King Institute of Preventive Medicine Bacteriolog. Section reports 1907-08
Year: 1907
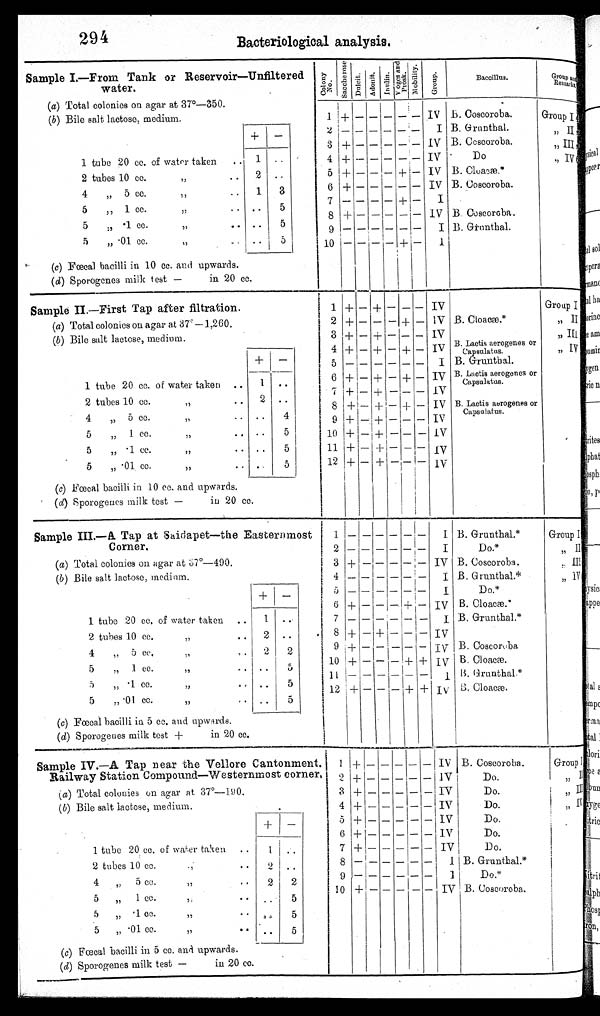
294
Bacteriological analysis.
Sample I.—From Tank or Reservoir—Unfiltered
water.
Colony No.
S a c c h e r o s e . D u l c i t . A d o n i t . I n u l i n . Voges and
Prosk.
M o b i l i t y .
G r o u p .
Baccillus.
Group and
Remarks.
(a) Total colonies on agar at 37°—350.
(b) Bile salt lactose, medium.
1 +
— — — — —
IV B. Coscoroba.
Group I
+
—
2
— — — — — —
I B. Grunthal.
" II
3 + — — — — — IV B. Coscoroba.
,, III
1 tube 20 cc. of water taken
.. 1 ..
4 +
—
— — — — IV
Do
" IV
2 tubes 10 cc. ,,
..
2 ..
5 + — — — +
—
IV B. Cloacæ.*
4 „ 5 cc. ,,
..
1
3
6 +
— — — — —
IV B. Coscoroba.
7 — —
— —
+
—
I
5 „ 1 c c . „
. .
..
5
8 + — — —
— —
IV B. Coscoroba.
5 ,, .1 cc. " . ..
5
9
— — — — — —
I B. Grunthal.
5 „ .01 cc. ,,
..
3
10
—
— — — +
—
I
(c) Fœcal bacilli in 10 cc. and upwards.
( d) Sporogenes milk test —
in 20 cc.
Sample II.—First Tap after filtration.
1 + — + —
_
— IV
Group I
(a) Total colonies on agar at 37°—1,260.
2 + — — — + — IV B. Cloacæ.*
" II
(b) Bile salt lactose, medium.
3 + — + — —
—
IV
,, III
4 + — + — + — IV B. Lactis aerogenes or
Capsulatus.
„ IV
+
—
5
—
—
—
— — — I B. Grunthal.
1 tube 20 cc. of water taken ..
1
..
6 +
—
+ _ + _ IV B. Lactis aerogenes or
Capsulatus.
2 tubes 10 cc. "..
2
..
7
+
—
+ — — — IV
8 +
—
+ — + — IV B. Lactis aerogenes or
Capsulatus.
4 ,, 5 cc. "
. . ..
4
9
+
—
+ — — — IV
5 " 1 cc. ,,
.. ..
5
10 +
—
+ — _ — IV
5 " .1 cc.
,,
..
5
11 + — + — —
—
IV
5 „ .01 cc. "
. . ..
5
12 + — +
— —
—
I V
(c) Fœcal bacilli in 10 cc. and upwards.
( d) Sporogenes milk test —
in 20 cc.
Sample III.—A. Tap at Saidapet—the Easternmost
Corner.
1
— — — — — —
I B. Grunthal.*
Group I
2
— — — — — —
I
D o . *
„ II
(a) Total colonies on agar at 37°—490.
3 +
— — — — —
IV B. Coscoroba.
" III
(b ) Bile salt lactose, medium.
4
—
— —
—
— —
I B. G runthal.*
„ IV
+
—
5
— — — — — —
I
Do.*
6 + — —
—
+ — IV B. Cloacæ.*
1 tube 20 cc. of water taken ..
1 ..
7 — —
— — — —
I B. Grunthal.*
2 tubes 10 cc. "..
2 ..
8 +
—
+
— —
- IV
4 „ 5 cc. „
2
2
9 + —
—
— —
—
I V B. Coscoroba
5 " 1 cc. ".. ..
5
10 +
— —
— + + IV B. Cloacæ.
5 „ .1 cc. ,,
.
..
5
11
— — — — — —
I B. Grunthal.*
5 „ .01 cc. „
. . ..
5
12 + — — — + + IV B. Cloacæ.
(c) Fœcal bacilli in 5 cc. and upwards.
( d) Sporogenes milk test +
in 20 cc.
Sample IV.—A Tap near the Vellore Cantonment.
Railway Station Compound—Westernmost corner,
1
+
— — — — —
IV B. Coscoroba.
Group I
2 + — — —
—
— IV
Do.
„ II
( a) Total colonies on agar at 37°—190.
3 +
— — — — —
IV
Do.
,, III
( b) Bile salt lactose, medium.
4 + — — —
— —
IV
Do
,, IV
+ —
5 + — — — — — IV
Do.
6 +
—
—
— —
— IV
Do.
1 tube 20 cc. of water taken ..
1
. .
7 +
— —
—
— —
IV
Do
2 tubes 10 cc. " . .
2 ..
8
—
— — —
—
—
I B. Grunthal.*
4 " 5 cc. "
2
2
9 — — _ _ _ _
I
D o . *
5 „ 1 cc. "
. . ..
5
10 + — — — — — IV B. Coscoroba.
5 " .1 cc. ,,
. . ..
5
5 „ .01 cc. „
.
..
5
(c) Fœcal bacilli in 5 cc. and upwards.
(d ) Sporogenes milk test —
in 20 cc.